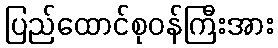
ပြည်ထောင်စုဝန်ကြီးအား